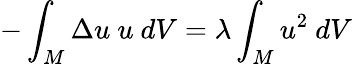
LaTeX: -\int_{M}\Delta u\ u\ dV=\lambda\int_{M}u^{2}\ dV